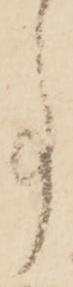
事